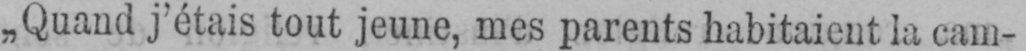
„Quand j’étais tout jeune, mes parents habitaient la cam-